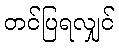
တင်ပြရလျှင်